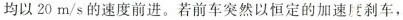
均以20m/s的速度前进。若前车突然以恒定的加速度刹车，